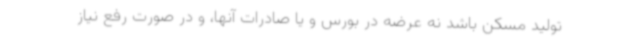
تولید مسکن باشد نه عرضه در بورس و یا صادرات آنها، و در صورت رفع نیاز